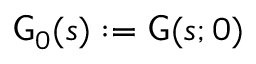
{ \sf G } _ { 0 } ( s ) : = { \sf G } ( s ; 0 )